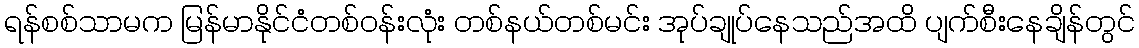
ရန်စစ်သာမက မြန်မာနိုင်ငံတစ်ဝန်းလုံး တစ်နယ်တစ်မင်း အုပ်ချုပ်နေသည်အထိ ပျက်စီးနေချိန်တွင်